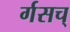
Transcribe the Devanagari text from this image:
र्गसच्